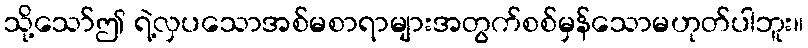
သို့သော်ဤ ရဲ့လှပသောအစ်မစာရာများအတွက်စစ်မှန်သောမဟုတ်ပါဘူး။